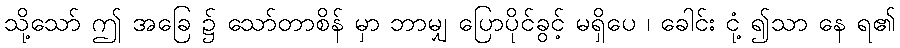
သို့သော် ဤ အခြေ ၌ သော်တာစိန် မှာ ဘာမျှ ပြောပိုင်ခွင့် မရှိပေ ၊ ခေါင်း ငုံ့ ၍သာ နေ ရ၏